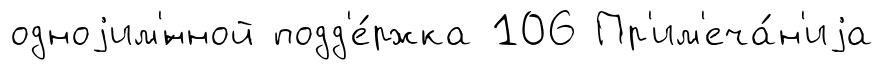
одноjим'́нной подд'е́ржка 106 Пр'им'еча́н'иjа